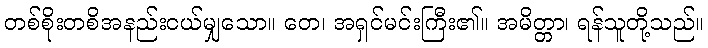
တစ်စိုးတစိအနည်းငယ်မျှသော။ တေ၊ အရှင်မင်းကြီး၏။ အမိတ္တာ၊ ရန်သူတို့သည်။